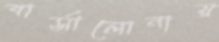
বার্সালোনায়